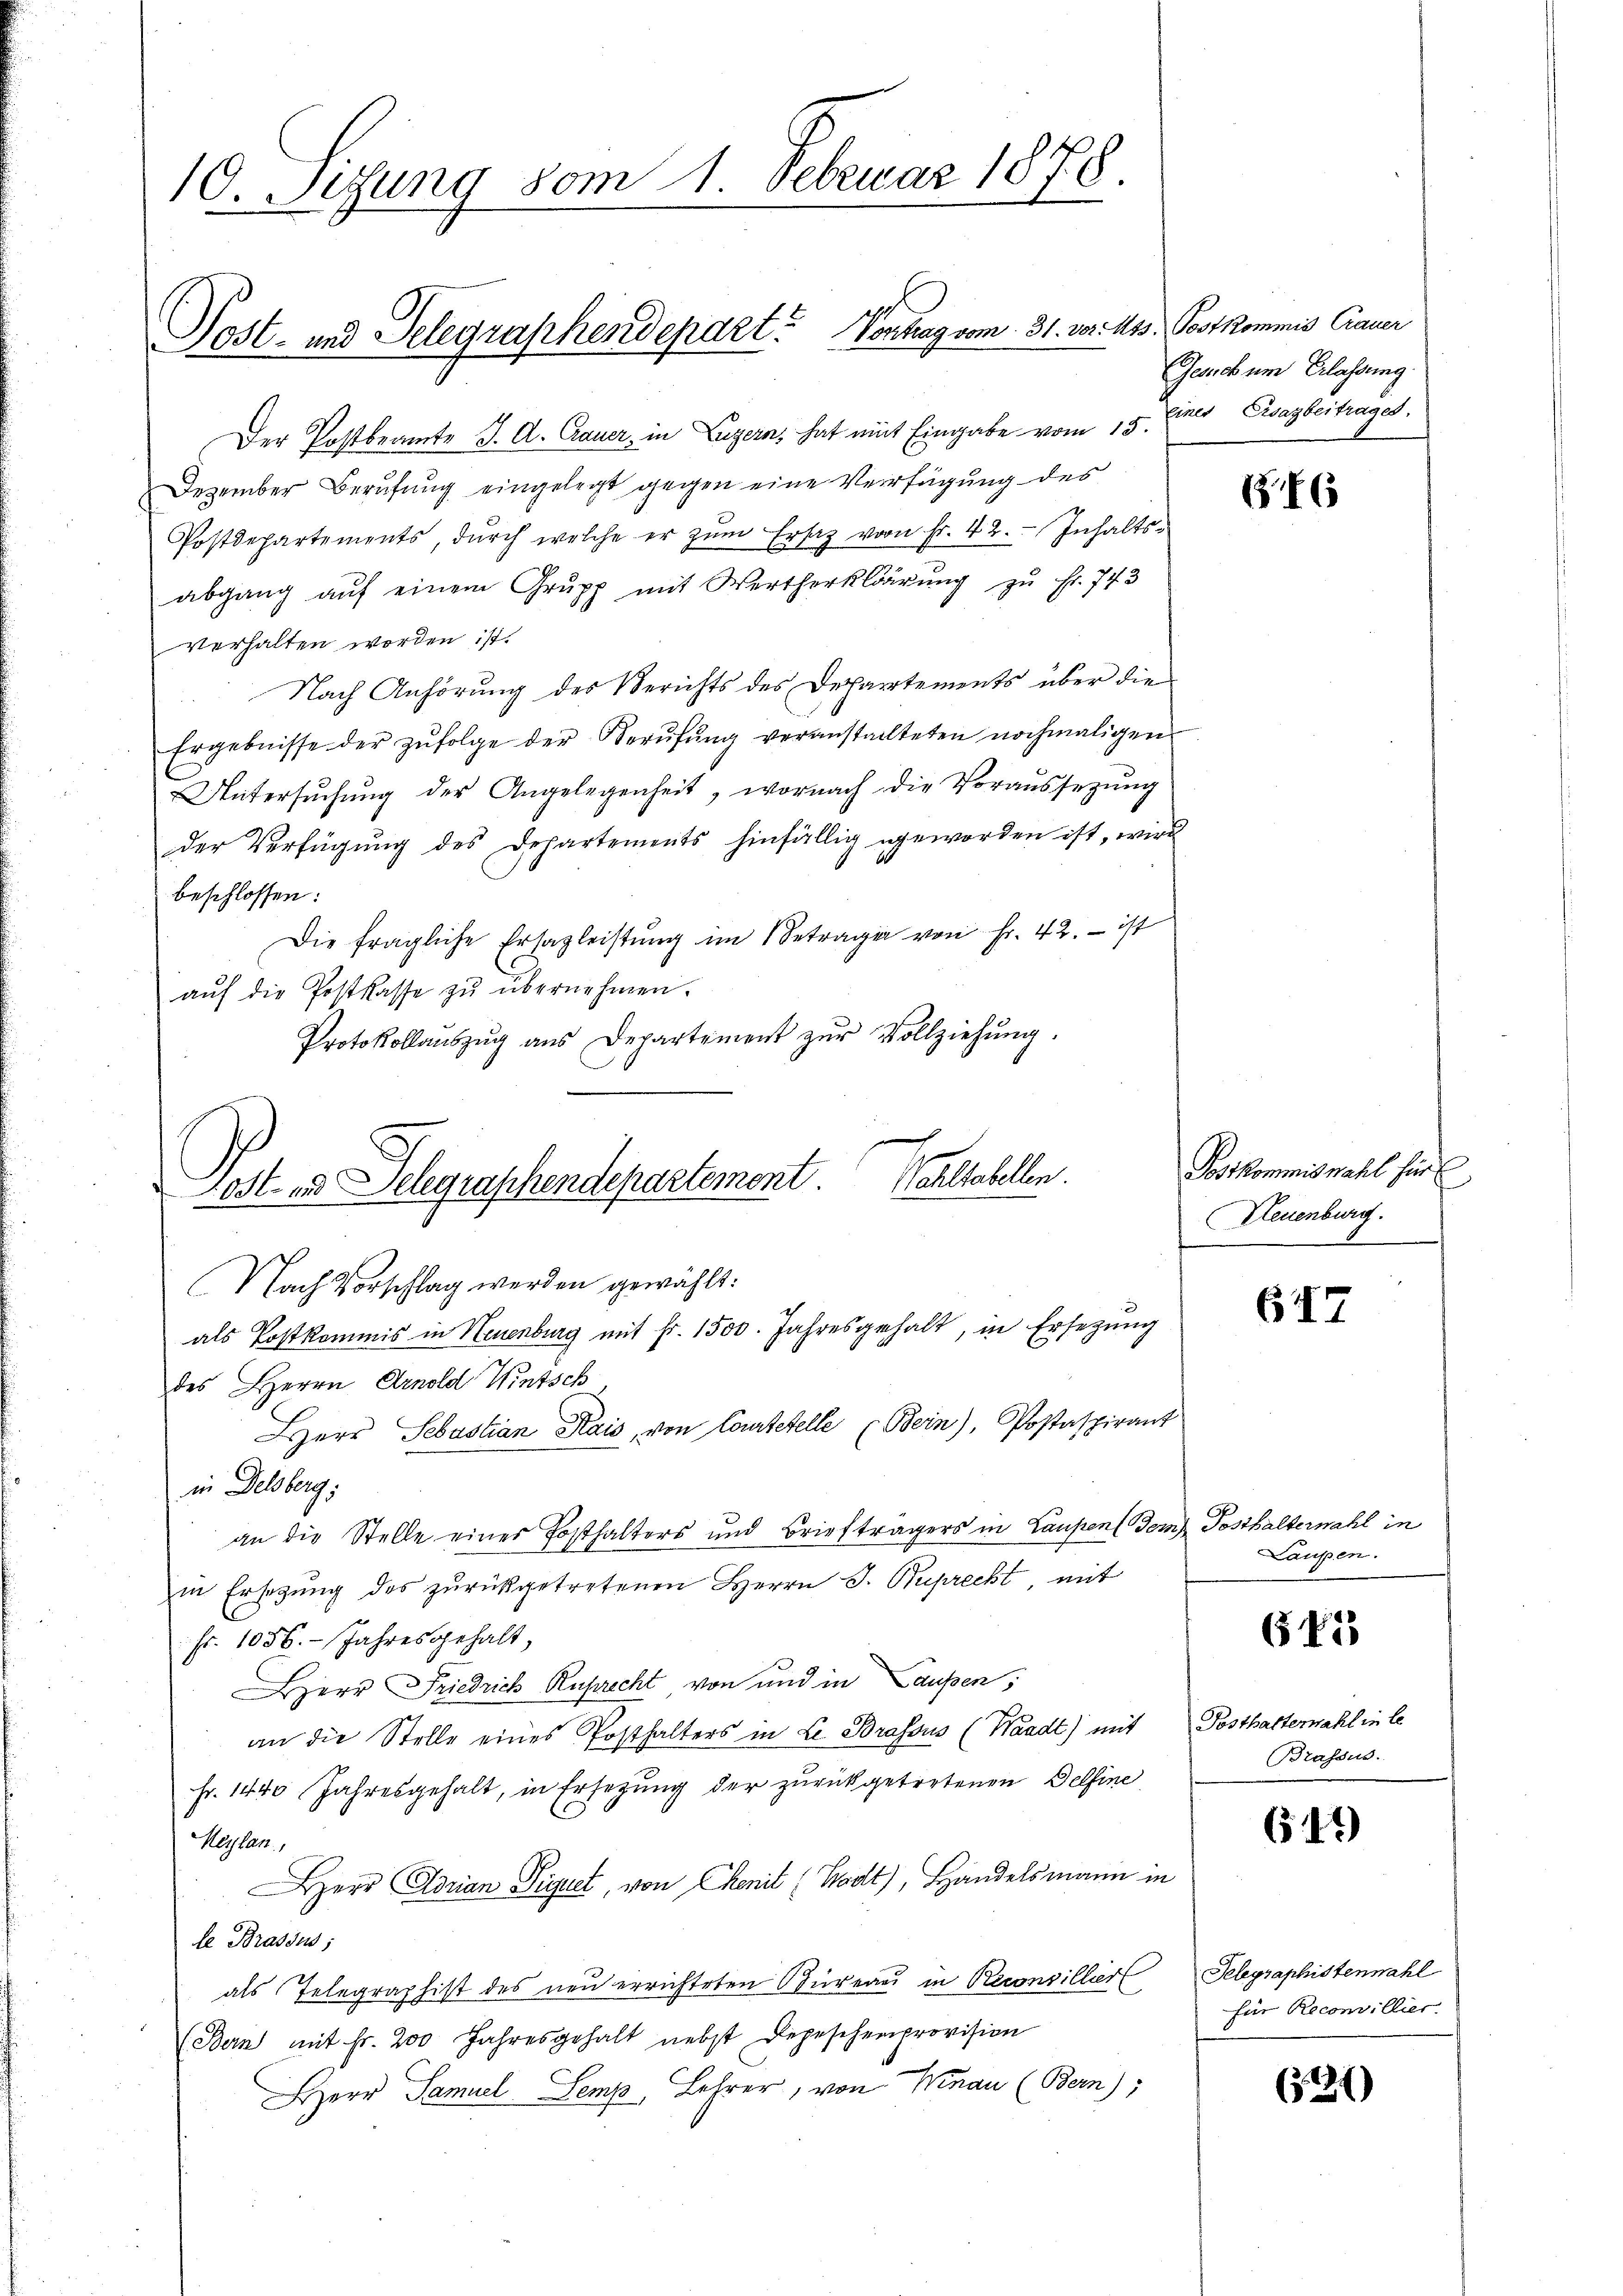
10. Sitzung vom 1. Februar 1878.

Post- und Telegraphendepart? Vontrag vom 31. vor 113.

Der Postbeamte J. A. Grauer, in Luzern, hat mit Eingabe vom 15. Juni Cesarbeitrages.
Dezember Berufung eingelegt gegen eine Verfügung des
Postdepartements, dŭrch welche er zŭm Ersatz von Fr. 42. Inhaltsabgang aŭf einem Grupp mit Wertherklärŭng zŭ Fr. 743
verhalten worden ist.
Nach Anhörung des Berichts des Departements über die
Ergebnisse der zŭfolge der Serŭfŭng veranstachteten nochmaligen
Untersŭchŭng der Angelegenheit, wornach die Voraussetzŭng
der Verfügŭng des Departements hinfällig geworden ist, wird
beschlossen:
Die fragliche Ersazleistŭng im Betrage von Fr. 42. - ist
aŭf die Postkasse zŭ übernehmen.
Protokollaŭszŭg aŭs Departement zŭr Vollziehŭng.
Post v. Schgraschendepartement. Solchellen.

Nach Vorschlag werden gewählt:
als Postkommis in Neuenburg mit fr. 1500. Jahresgehalt, in Ersetzung

des Herrn Arnold Wintsch
Herr Sebastian Kais, von Courtetelle (Bein), Postaspirant
in Delsberg;
an die Stelle einer Posthalters und Briefträgers in Laupen dem Posthalterwahl in
in Ersagung des zurückgetretenen Herrn J. Ruprecht mit
fr. 1056. Jahres gehalt,
Herr Friedrich Ruprecht von und in Laupen,
an die Stelle eines Posthalters in L. Brassus (Waadt) mit
Fr. 1440 Jahresgehalt, in Ersezung der zurückgetretenen Delfine
Meylan
Herr Adrian Signet, von Chenit (Hodt), Handelsmann in
le Brassus;
als Telegraphist des neu errichteten Bureau in Reconsillier
(Bern mit Fr. 200 Jahresgehalt nebst Depeschenprovision
Herr Samuel Semp, Lehrer, von Winau (Bern):

Postkommis Trauer
Gesuch um Erlassung.

Postkommiswahl hier
Neuenburg.

617

Laupen.

645

Posthaftemahl in le
Brassus.

641)

Telegraphistenmahl
für Reconvillier.

51)